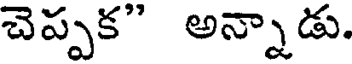
చెప్పక" అన్నాడు.